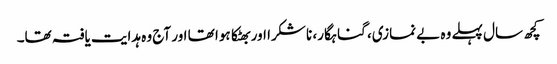
کچھ سال پہلے وہ بے نمازی، گناہگار، نا شکرا اور بھٹکا ہوا تھا اور آج وہ ہدایت یافتہ تھا۔